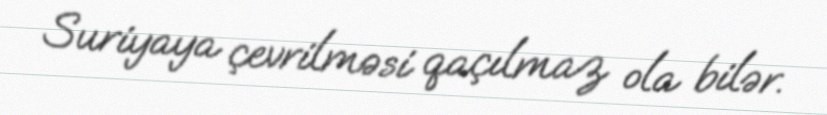
Suriyaya çevrilməsi qaçılmaz ola bilər.